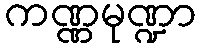
ကဏ္ဏမုဏ္ဍာ